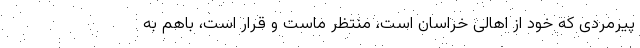
پیرمردی که خود از اهالی خراسان است، منتظر ماست و قرار است، باهم به